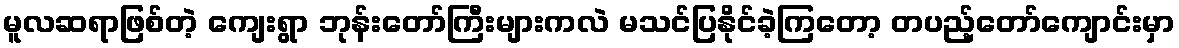
မူလဆရာဖြစ်တဲ့ ကျေးရွာ ဘုန်းတော်ကြီးများကလဲ မသင်ပြနိုင်ခဲ့ကြတော့ တပည့်တော်ကျောင်းမှာ